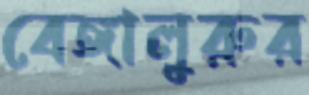
বেঙ্গালুরুর